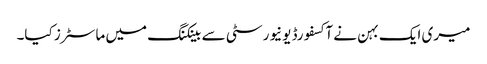
میری ایک بہن نے آکسفورڈ یونیورسٹی سے بینکنگ میں ماسٹرز کیا۔